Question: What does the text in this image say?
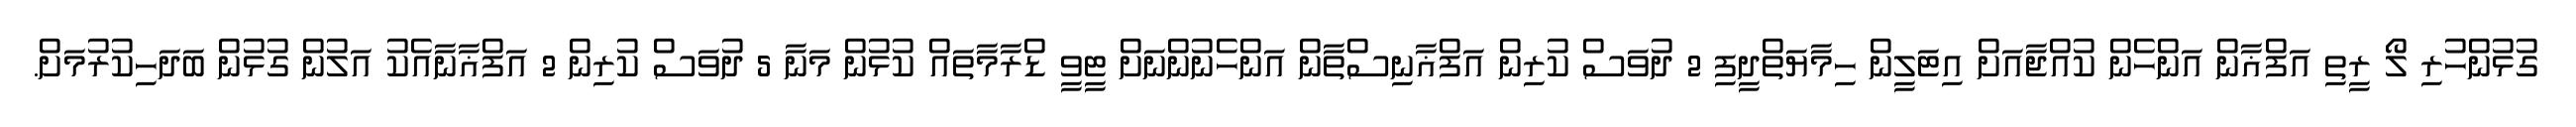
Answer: ގުޅުންހުރި ލޯ ރީތި އަފްޣާން އަންހެން ކުއްޖާއަށް އިޓަލީން ހިމާޔަތްދީފި 2 ދުވަސް ކުރިން އަފްޣާނިސްތާން އަންހެނުންނަށް ޓީވީ ޑްރާމާތައް ކުޅުން މަނާ 5 ދުވަސް ކުރިން 2 އަފްޣާނާއެކު އަލުން ގުޅުން ބަދަހިކުރުމަށް.